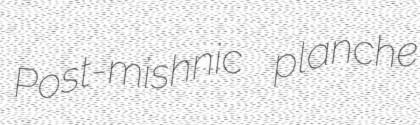
Post-mishnic planche